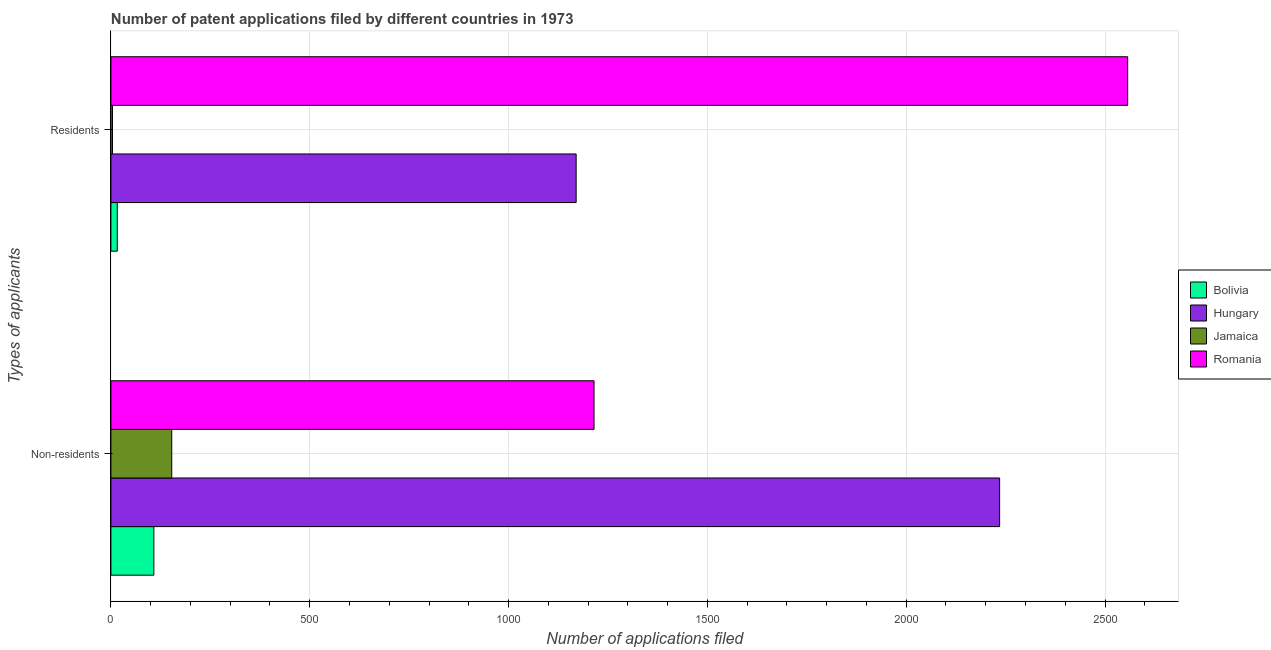
| Types of applicants | Bolivia | Hungary | Jamaica | Romania |
 | --- | --- | --- | --- | --- |
 | Non-residents | 108 | 2.24e+03 | 153 | 1.22e+03 |
 | Residents | 16 | 1.17e+03 | 4 | 2.56e+03 |